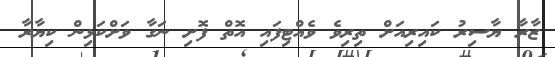
ޒާރާ ޔާސިރު ކައިރިއަށް ތިރިވެ ވެއްޓިފައި އޮތް ފޮށި ނަގާ ވަށްކަޅިން ކިޔާރާ